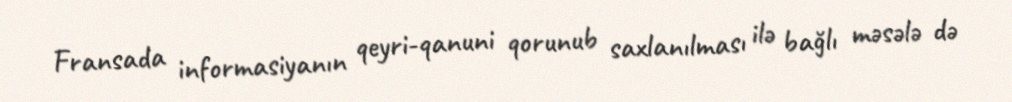
Fransada informasiyanın qeyri-qanuni qorunub saxlanılması ilə bağlı məsələ də